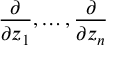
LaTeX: { \frac { \partial } { \partial z _ { 1 } } } , \ldots , { \frac { \partial } { \partial z _ { n } } }